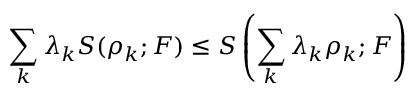
\sum _ { k } \lambda _ { k } S ( \rho _ { k } ; F ) \le S \left( \sum _ { k } \lambda _ { k } \rho _ { k } ; F \right)